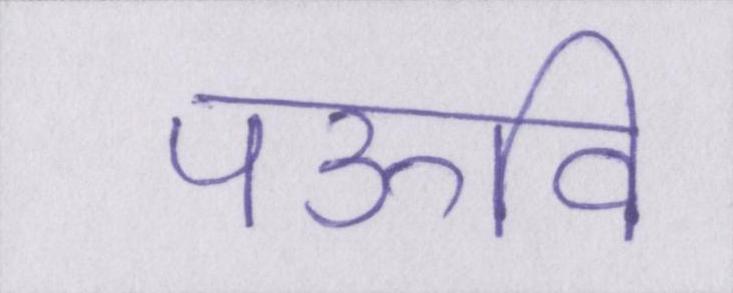
पऊवि